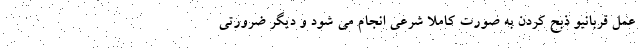
عمل قربانیو ذبح کردن به صورت کاملا شرعی انجام می شود و دیگر ضرورتی